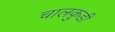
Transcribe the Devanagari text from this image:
चालकुडी